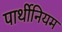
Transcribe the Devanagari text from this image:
पार्थीनियम